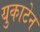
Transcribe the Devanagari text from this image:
युकाटेन